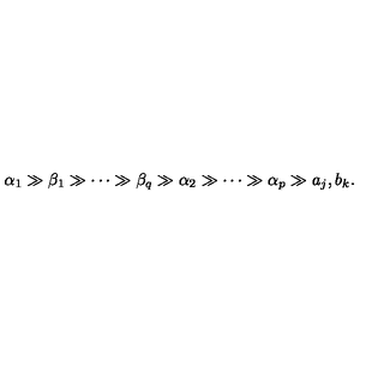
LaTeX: \alpha _ { 1 } \gg \beta _ { 1 } \gg \cdots \gg \beta _ { q } \gg \alpha _ { 2 } \gg \cdots \gg \alpha _ { p } \gg a _ { j } , b _ { k } .